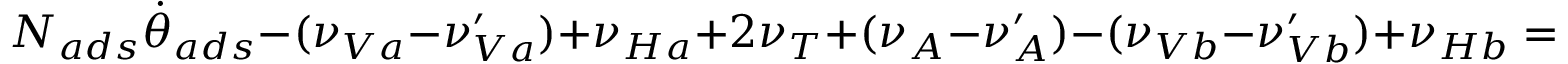
N _ { a d s } \dot { \theta } _ { a d s } - ( \nu _ { V a } - \nu _ { V a } ^ { \prime } ) + \nu _ { H a } + 2 \nu _ { T } + ( \nu _ { A } - \nu _ { A } ^ { \prime } ) - ( \nu _ { V b } - \nu _ { V b } ^ { \prime } ) + \nu _ { H b } = 0